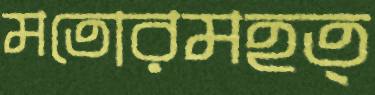
মতোরমহত্